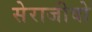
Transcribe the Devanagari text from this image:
सेराजीवो